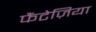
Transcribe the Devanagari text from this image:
फैंटेज़िया